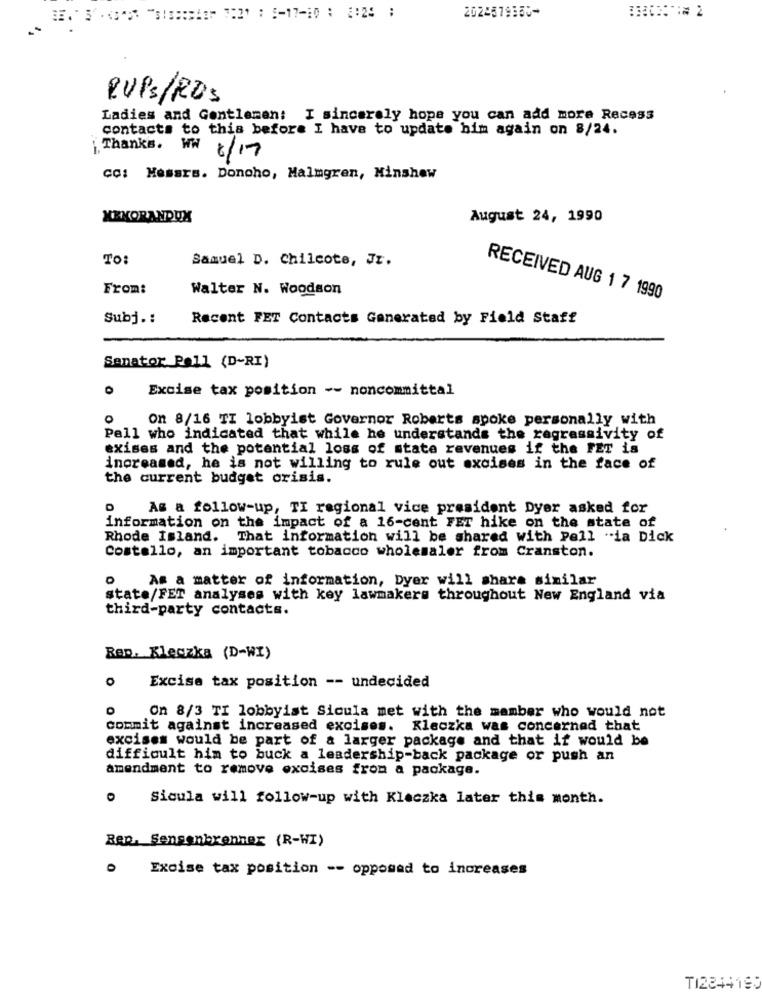
..
2024579180*
RUPS/RDS
Ladies and Gentlemen: I sincerely hope you can add more Recess
contacts to this before I have to update him again on 8/24.
j. Thanks. WW
6/17
cc: Messrs. Doncho, Malmgren, Minshew
XEKORANDOX
August 24, 1990
TO:
Samuel D. Chilcote, Jr.
From:
Walter N. Woodson
RECEIVED AUG 1 7 1990
Subj .:
Recent FET Contacts Generated by Field Staff
Senator Poll (D-RI)
O
Excise tax position -- noncommittal
O
on 8/16 TI lobbyist Governor Roberts spoke personally with
Pell who indicated that while he understands the regressivity of
exises and the potential loss of state revenues if the FET is
increased, he is not willing to rule out excises in the face of
the current budget crisis.
As a follow-up, TI regional vice president Dyer asked for
information on the impact of a 16-cent FET hike on the state of
Rhode Island. That information will be shared with Pell -ia Dick
Costello, an important tobacco wholesaler from Cranston.
0
As a matter of information, Dyer will share similar
state/FET analyses with key lawmakers throughout New England via
third-party contacts.
Rap. Kleczka (D-WI)
O
Excise tax position -- undecided
On 8/3 TI lobbyist Sicula met with the member who would not
commit against increased excises. Kleczka was concerned that
excises would be part of a larger package and that if would be
difficult him to buck a leadership-back package or push an
amendment to remove excises from a package.
Sicula will follow-up with Kleczka later this month.
Ren. Sensenbrenner (R-WI)
O
Excise tax position -- opposed to increases
TI2844190